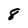
Character: 8